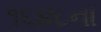
૧૬૪૮ના